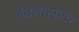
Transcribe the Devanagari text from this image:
वेदशासंपन्न